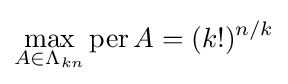
\max _{A\in \Lambda _{kn}}\operatorname {per} A=(k!)^{n/k}